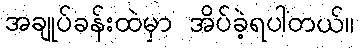
အချုပ်ခန်းထဲမှာ အိပ်ခဲ့ရပါတယ်။